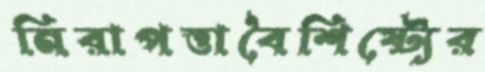
নিরাপত্তাবৈশিষ্ট্যের